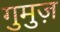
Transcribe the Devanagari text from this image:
गुमुज़